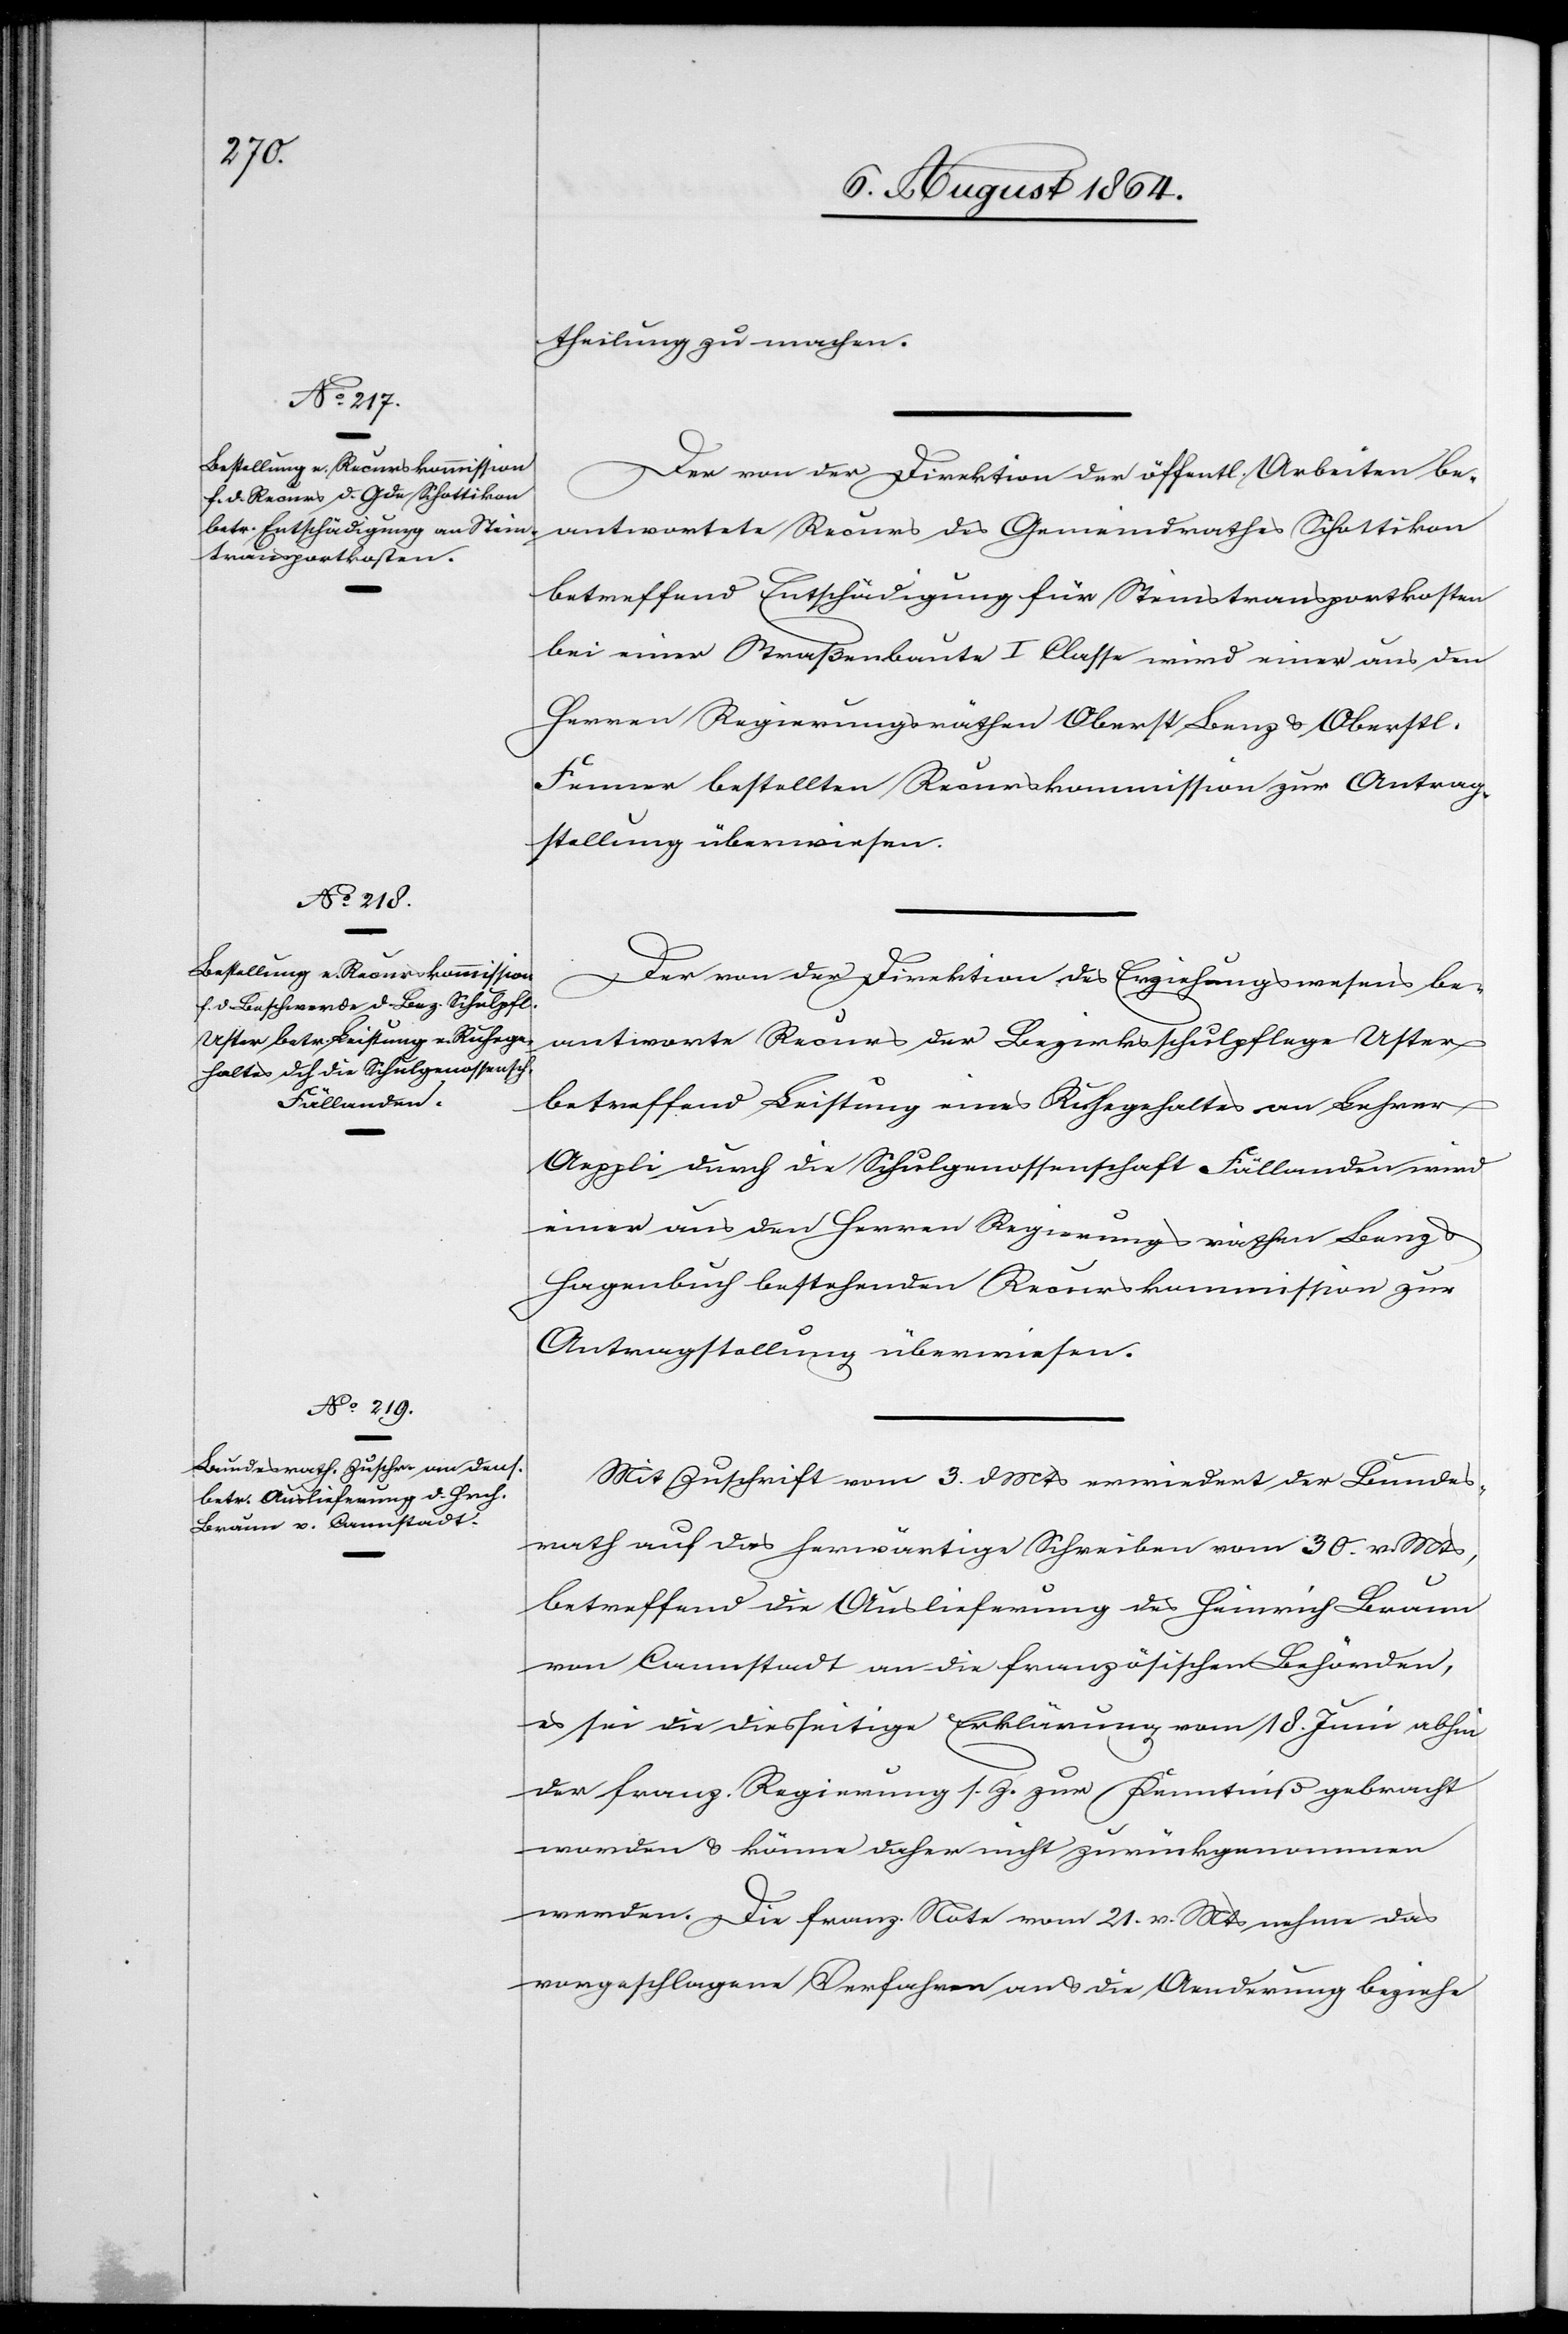
theilung zu machen.
Der von der Direktion der öffentl. Arbeiten be¬
antwortete Recurs des Gemeindrathes Schottikon
betreffend Entschädigung für Steintransportkosten
bei einer Straßenbaute I. Classe wird einer aus den
Herren Regierungsräthen Oberst Lenz & Oberstl.
Furrer bestellten Recurskommission zur Antrag¬
stellung überwiesen.
Der von der Direktion des Erziehungswesens be¬
antwortete Recurs der Bezirksschulpflege Uster
betreffend Leistung eines Ruhegehaltes an Lehrer
Aeppli durch die Schulgenossenschaft Fällanden wird
einer aus den Herren Regierungsräthen Benz &
Hagenbuch bestehenden Recurskommission zur
Antragstellung überwiesen.
Mit Zuschrift vom 3. d. Mts. erwiedert der Bundes¬
rath auf das herwärtige Schreiben vom 30. v. Mts.,
betreffend die Auslieferung des Heinrich Braun
von Cannstadt an die französischen Behörden,
es sei die diesseitige Erklärung vom 18. Juni abhin
der franz. Regierung s. Z. zur Kenntniß gebracht
worden & könne daher nicht zurückgenommen
werden. Die franz. Note vom 21. v. Mts. nehme das
vorgeschlagene Verfahren an & die Aenderung beziehe